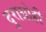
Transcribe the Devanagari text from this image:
दुराग्रोही